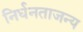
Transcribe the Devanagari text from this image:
निर्धनताजन्य